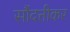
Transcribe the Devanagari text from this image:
सौंदत्तीकर